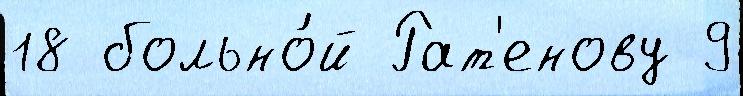
18 больно́й Рат'енову 9